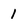
Character: I